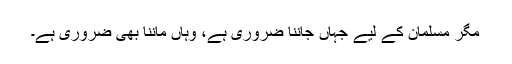
مگر مسلمان کے لیے جہاں جاننا ضروری ہے، وہاں ماننا بھی ضروری ہے۔